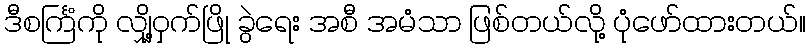
ဒီစင်္ကြံကို လျှို့ဝှက်ဖြို ခွဲရေး အစီ အမံသာ ဖြစ်တယ်လို့ ပုံဖော်ထားတယ်။